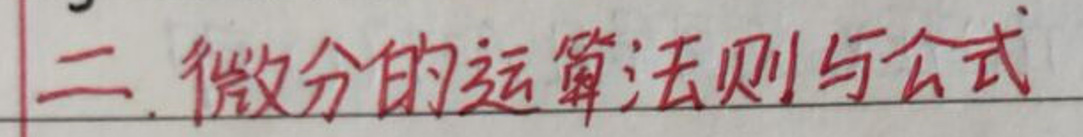
二. 微分的运算法则与公式